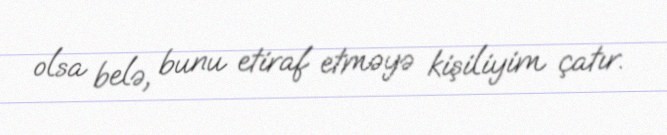
olsa belə, bunu etiraf etməyə kişiliyim çatır.